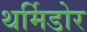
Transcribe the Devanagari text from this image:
थर्मिडोर